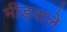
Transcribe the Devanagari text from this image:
भीड़वाले